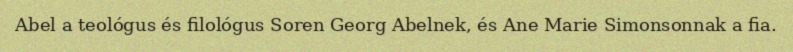
Abel a teológus és filológus Soren Georg Abelnek, és Ane Marie Simonsonnak a fia.